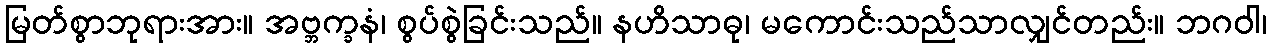
မြတ်စွာဘုရားအား။ အဗ္ဘက္ခနံ၊ စွပ်စွဲခြင်းသည်။ နဟိသာဓု၊ မကောင်းသည်သာလျှင်တည်း။ ဘဂဝါ၊